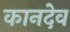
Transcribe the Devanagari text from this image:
कानदेव